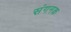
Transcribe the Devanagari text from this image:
संगनक